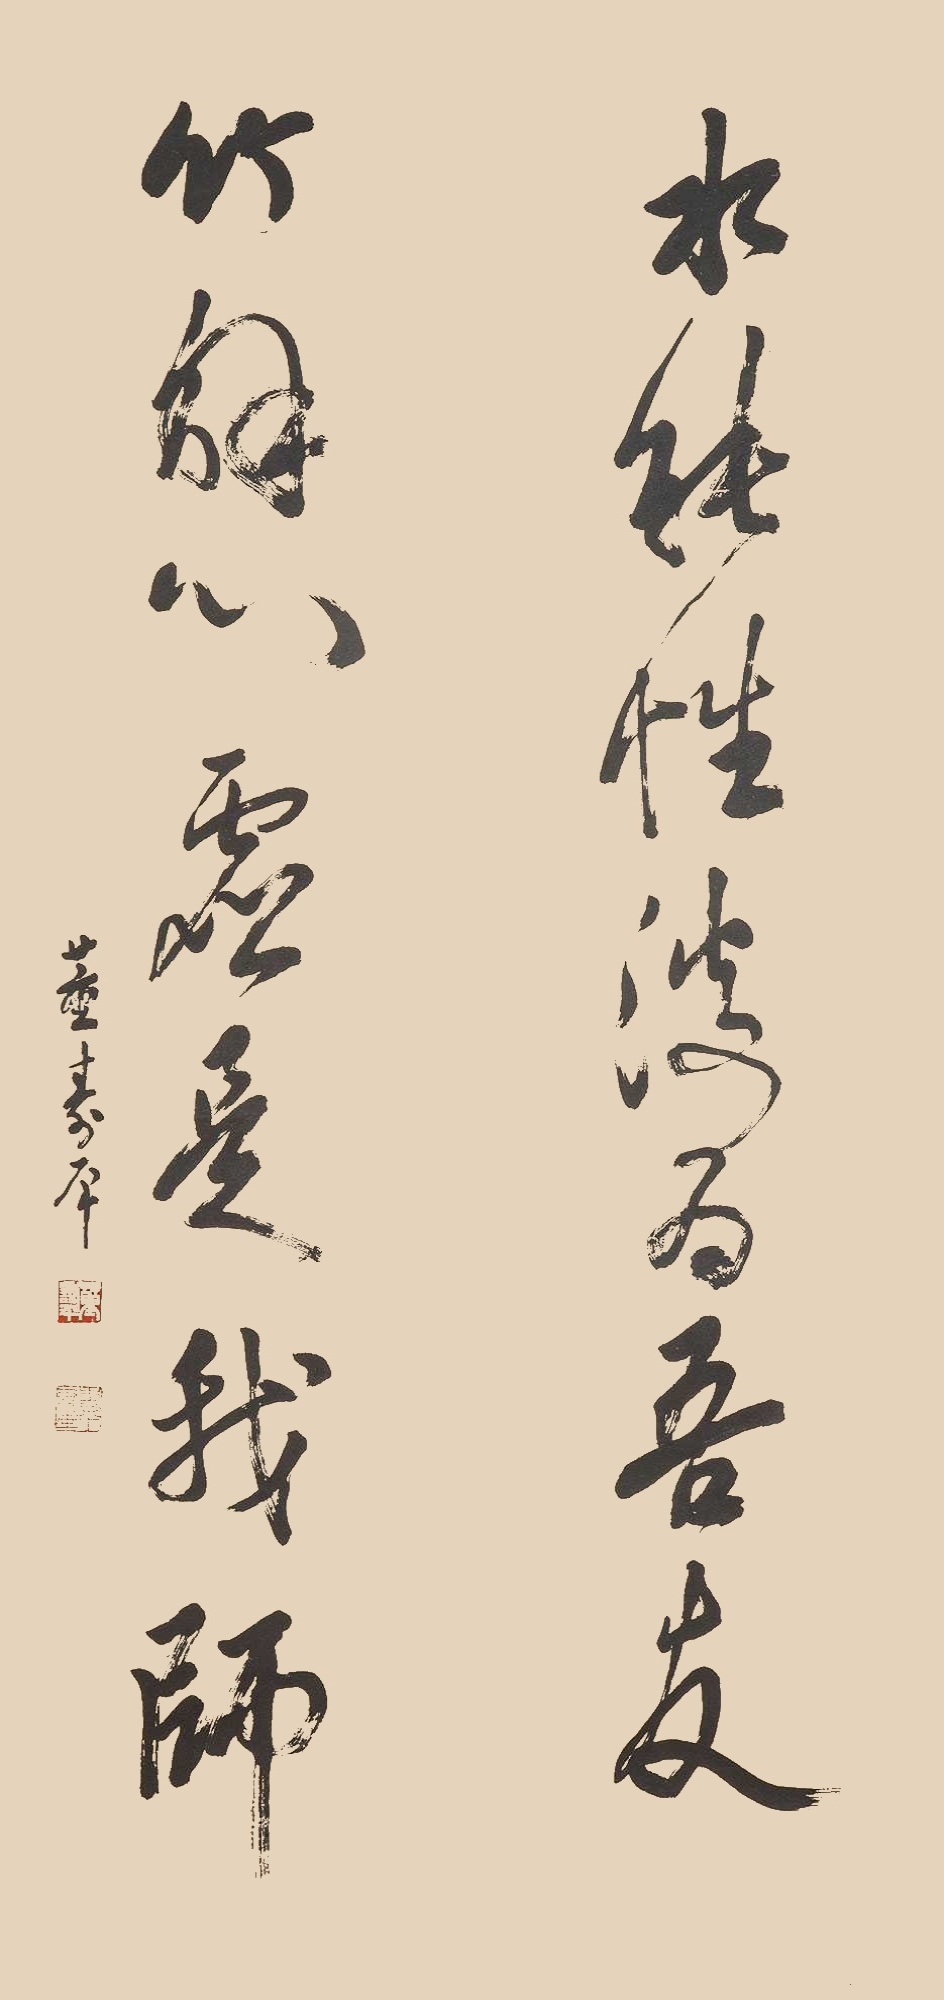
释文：水能性淡为吾友，竹解心虚是我师。董寿平。